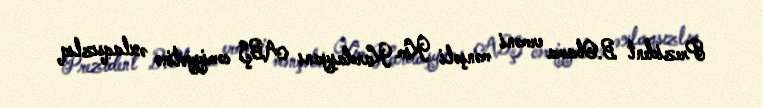
Prezident B.Obama erməni mənşəli Kim Kardaşyanı ABŞ cəmiyyətinə əxlaqsızlıq